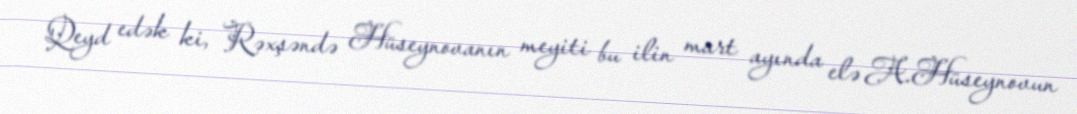
Qeyd edək ki, Rəxşəndə Hüseynovanın meyiti bu ilin mart ayında elə A.Hüseynovun